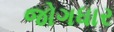
જોગધાર